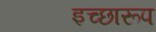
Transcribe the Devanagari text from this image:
इच्छारूप